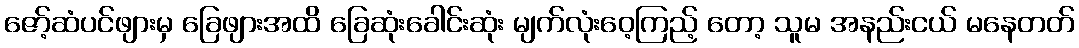
ဇော့်ဆံပင်ဖျားမှ ခြေဖျားအထိ ခြေဆုံးခေါင်းဆုံး မျက်လုံးဝေ့ကြည့် တော့ သူမ အနည်းငယ် မနေတတ်